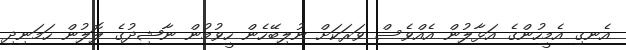
އެނގި އެމީހުންގެ އަޅާލުން އެއްވެސް ވަރަކަށް ނުލިބޭހެން ހީވުމުން ނާޝިދުގެ ލޮލުން ހަމަނިދި